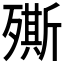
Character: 𣩠